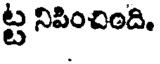
ట్ట నిపించింది.